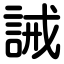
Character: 誡